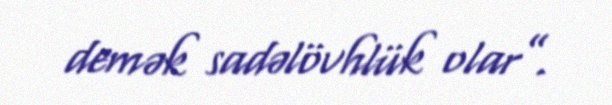
demək sadəlövhlük olar”.